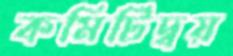
কমিটিদ্বয়